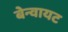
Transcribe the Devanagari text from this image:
बेन्वायट